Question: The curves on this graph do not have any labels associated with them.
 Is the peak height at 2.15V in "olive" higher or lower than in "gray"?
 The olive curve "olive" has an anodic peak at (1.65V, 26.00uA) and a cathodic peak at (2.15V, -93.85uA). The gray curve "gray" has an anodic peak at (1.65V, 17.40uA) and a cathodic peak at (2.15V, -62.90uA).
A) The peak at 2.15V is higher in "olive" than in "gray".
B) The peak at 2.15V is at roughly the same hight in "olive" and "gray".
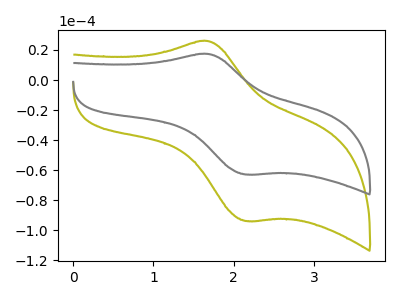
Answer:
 <answer>A) The peak at 2.15V is higher in "olive" than in "gray".</answer>
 <eval>A</eval>